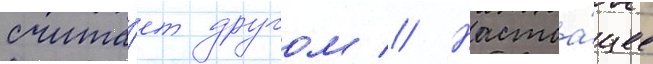
счита́ет другом // Настоа́щее